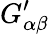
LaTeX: G_{\alpha\beta}^{\prime}